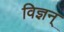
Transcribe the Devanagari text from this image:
विज्ञन्